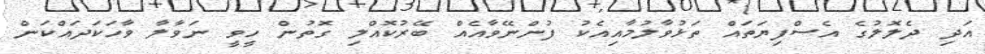
އަދި ދެލޮލުގެ އެސްފިޔަތައް ތަޅުވާލުމާއިއެކު ފުންނޭވާއެއް ބޭރުކޮއްލި ގޮތުން ހީވީ ނަވާލާ ވާހަކަދައްކަން